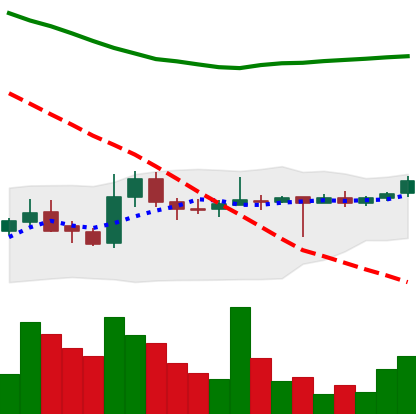
Ticker: LTC-USD
Chart end date: 2015-05-21
Forward return: 22.952%
Label: up_7plus